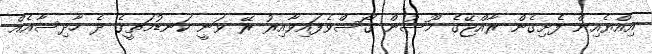
އިއްޔެއިން ފެށިގެން ރާއްޖޭގެ މޫސުން ގޯސްވެފައިވާއިރު ރޭ ވަނީ ކަނޑުމަތީގެ ދެ ހާދިސާއެއް